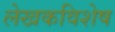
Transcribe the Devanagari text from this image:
लेखकविशेष